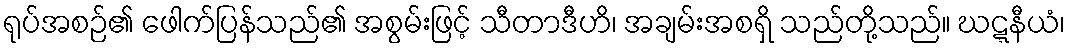
ရုပ်အစဉ်၏ ဖေါက်ပြန်သည်၏ အစွမ်းဖြင့် သီတာဒီဟိ၊ အချမ်းအစရှိ သည်တို့သည်။ ဃဋ္ဋနီယံ၊